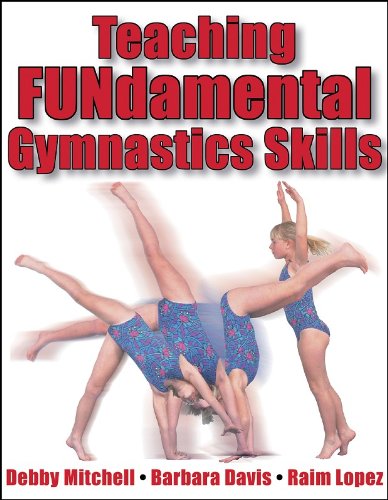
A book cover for Teaching Fundamental Gymnastics Skills; Debby Mitchell; Sports & Outdoors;